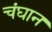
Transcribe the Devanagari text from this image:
चंघान